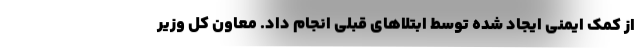
از کمک ایمنی ایجاد شده توسط ابتلاهای قبلی انجام داد. معاون کل وزیر